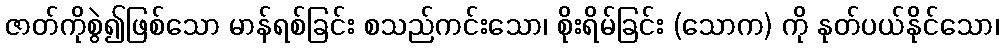
ဇာတ်ကိုစွဲ၍ဖြစ်သော မာန်ရစ်ခြင်း စသည်ကင်းသော၊ စိုးရိမ်ခြင်း (သောက) ကို နုတ်ပယ်နိုင်သော၊